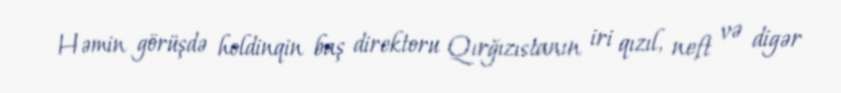
Həmin görüşdə holdinqin baş direktoru Qırğızıstanın iri qızıl, neft və digər